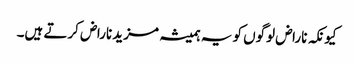
کیونکہ ناراض لوگوں کو یہ ہمیشہ مزید ناراض کرتے ہیں۔